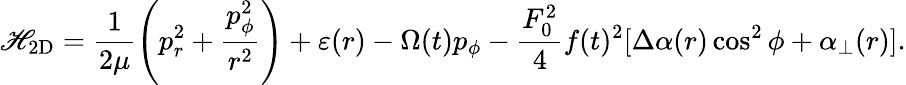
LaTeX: {\cal\mathscr{H}}_{\mathrm{{2D}}}=\frac{{1}}{{2\mu}}\left(p_{r}^{2}+\frac{{p_{\phi}^{2}}}{{r^{2}}}\right)+\varepsilon(r)-\Omega(t)p_{\phi}-\frac{{F_{0}^{2}}}{{4}}f(t)^{2}[\Delta\alpha(r)\cos^{2}\phi+\alpha_{\bot}(r)].